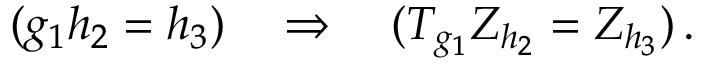
( g _ { 1 } h _ { 2 } = h _ { 3 } ) \quad \Rightarrow \quad ( T _ { g _ { 1 } } Z _ { h _ { 2 } } = Z _ { h _ { 3 } } ) \, .